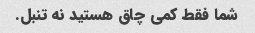
شما فقط کمی چاق هستید نه تنبل.